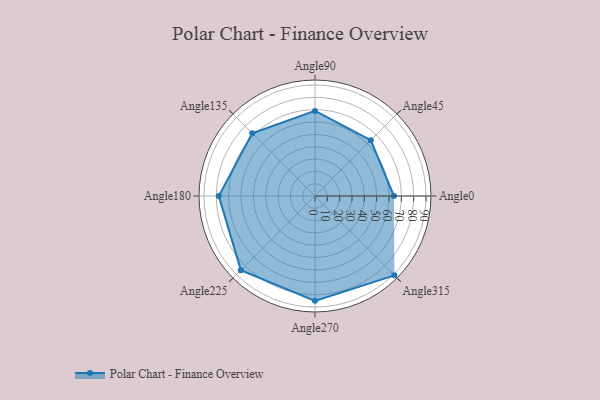
{"axis": {"x": "Angle", "y": "Radius"}, "legend": [""], "data": [{"x": "Angle0", "y": 64.0, "type": ""}, {"x": "Angle45", "y": 64.0, "type": ""}, {"x": "Angle90", "y": 69.0, "type": ""}, {"x": "Angle135", "y": 72.0, "type": ""}, {"x": "Angle180", "y": 78.0, "type": ""}, {"x": "Angle225", "y": 85.0, "type": ""}, {"x": "Angle270", "y": 85.0, "type": ""}, {"x": "Angle315", "y": 91.0, "type": ""}]}